Vaccination report Assam 1896-1927 - 1896-1927
Year: 1896
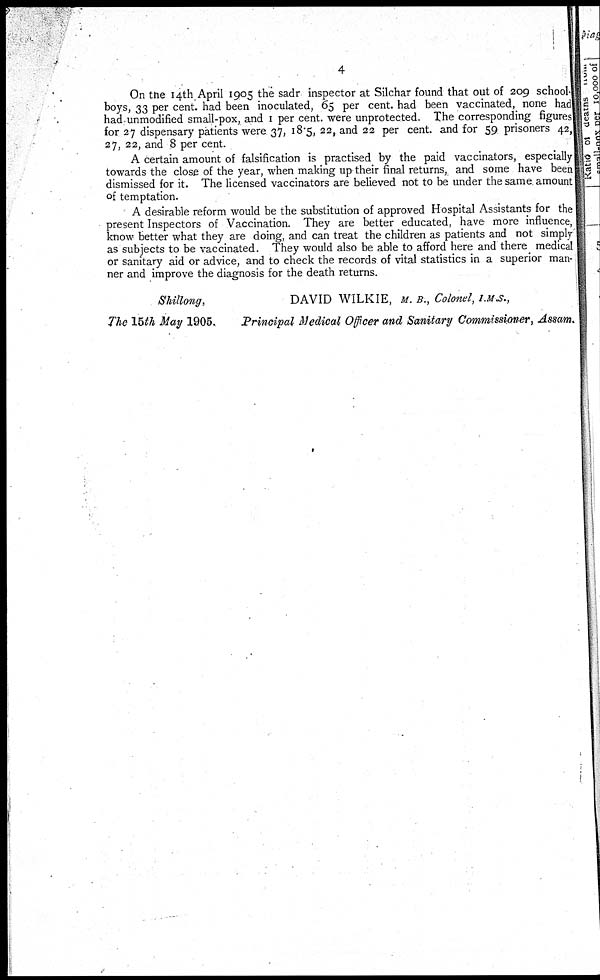
4
On the 14th April 1905 the sadr inspector at Silchar found that out of 209 school-
boys, 33 per cent. had been inoculated, 65 per cent. had been vaccinated, none had
had unmodified small-pox, and 1 per cent. were unprotected. The corresponding figures
for 27 dispensary patients were 37, 18.5, 22, and 22 per cent. and for 59 prisoners 42,
27, 22, and 8 per cent.
A certain amount of falsification is practised by the paid vaccinators, especially
towards the close of the year, when making up their final returns, and some have been
dismissed for it. The licensed vaccinators are believed not to be under the same amount
of temptation.
A desirable reform would be the substitution of approved Hospital Assistants for the
present Inspectors of Vaccination. They are better educated, have more influence,
know better what they are doing, and can treat the children as patients and not simply
as subjects to be vaccinated. They would also be able to afford here and there medical
or sanitary aid or advice, and to check the records of vital statistics in a superior man-
ner and improve the diagnosis for the death returns.
Shillong,
The 15th May 1905.
DAVID WILKIE, M. B., Colonel, I.M.S.,
Principal Medical Officer and Sanitary Commissioner, Assam.